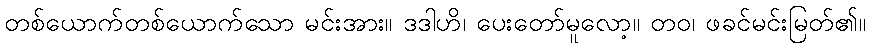
တစ်ယောက်တစ်ယောက်သော မင်းအား။ ဒဒါဟိ၊ ပေးတော်မူလော့။ တဝ၊ ဖခင်မင်းမြတ်၏။